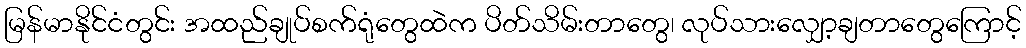
မြန်မာနိုင်ငံတွင်း အထည်ချုပ်စက်ရုံတွေထဲက ပိတ်သိမ်းတာတွေ၊ လုပ်သားလျှော့ချတာတွေကြောင့်